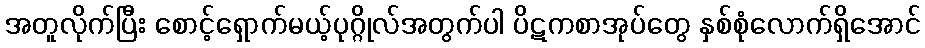
အတူလိုက်ပြီး စောင့်ရှောက်မယ့်ပုဂ္ဂိုလ်အတွက်ပါ ပိဋကစာအုပ်တွေ နှစ်စုံလောက်ရှိအောင်